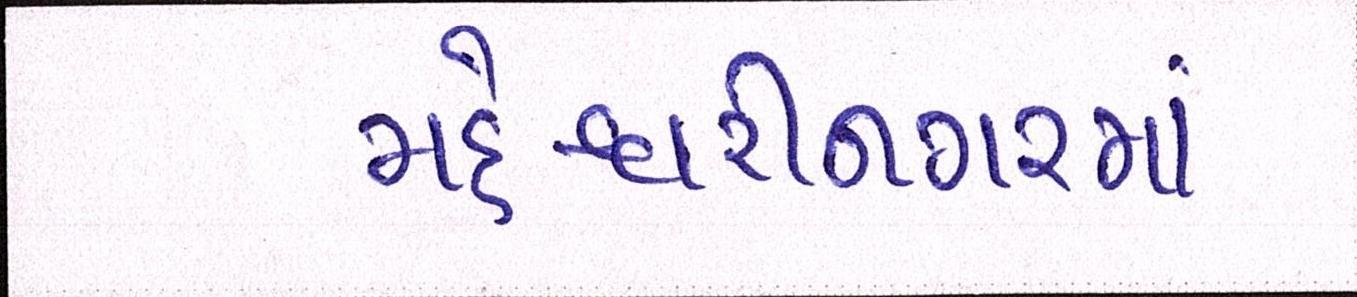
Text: મહેશ્વરીનગરમાં